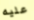
عليه